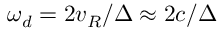
\omega _ { d } = 2 v _ { R } / \Delta \approx 2 c / \Delta